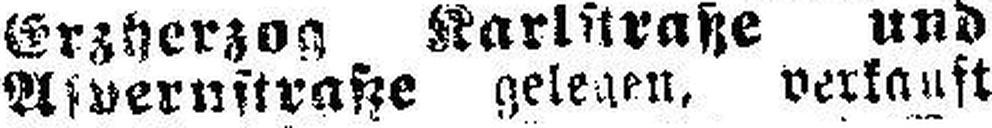
Asvernstraße gelegen, verkauft